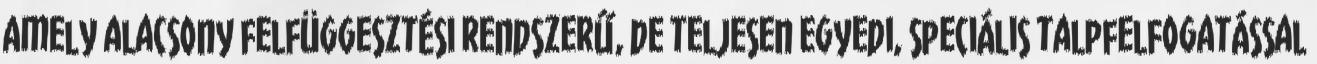
amely alacsony felfüggesztési rendszerű, de teljesen egyedi, speciális talpfelfogatással